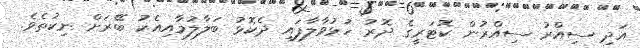
އަދި ސިއްރު ސިއްރުން ކޮޓަރީގެ ދޮރު ހުޅުވާލާފައި ދެކޮޅު ބަލާލުމާއިއެކު ބޭރަށް ނިކުތެވެ.